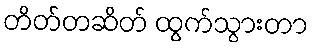
တိတ်တဆိတ် ထွက်သွားတာ